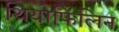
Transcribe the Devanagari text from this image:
थियोफिलिन